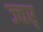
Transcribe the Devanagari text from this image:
ज्वर्